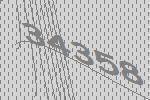
34358